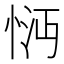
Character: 𢚽